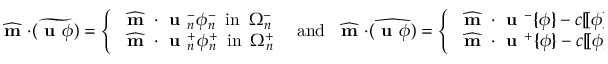
\widehat { \textbf { m } } \cdot \widetilde { ( \textbf { u } \phi ) } = \left\{ \begin{array} { l l } { \widehat { \textbf { m } } \cdot \textbf { u } _ { n } ^ { - } \phi _ { n } ^ { - } \enspace \mathrm { i n } \enspace \Omega _ { n } ^ { - } } \\ { \widehat { \textbf { m } } \cdot \textbf { u } _ { n } ^ { + } \phi _ { n } ^ { + } \enspace \mathrm { i n } \enspace \Omega _ { n } ^ { + } } \end{array} \right. \enspace \mathrm { a n d } \enspace \widehat { \textbf { m } } \cdot \widehat { ( \textbf { u } \phi ) } = \left\{ \begin{array} { l l } { \widehat { \textbf { m } } \cdot \textbf { u } ^ { - } \{ \! \! \{ \phi \} \! \! \} - c [ \! [ \phi ] \! ] \enspace \mathrm { i n } \enspace \Omega _ { n } ^ { - } } \\ { \widehat { \textbf { m } } \cdot \textbf { u } ^ { + } \{ \! \! \{ \phi \} \! \! \} - c [ \! [ \phi ] \! ] \enspace \mathrm { i n } \enspace \Omega _ { n } ^ { + } } \end{array} \right.